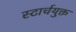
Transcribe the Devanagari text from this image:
स्टार्चयुक्त